Reports on military cantonments and civil stations in the Presidency of Bombay inspected by the Sanitary Commissioner in the years 1875 and 1876
Year: 1875
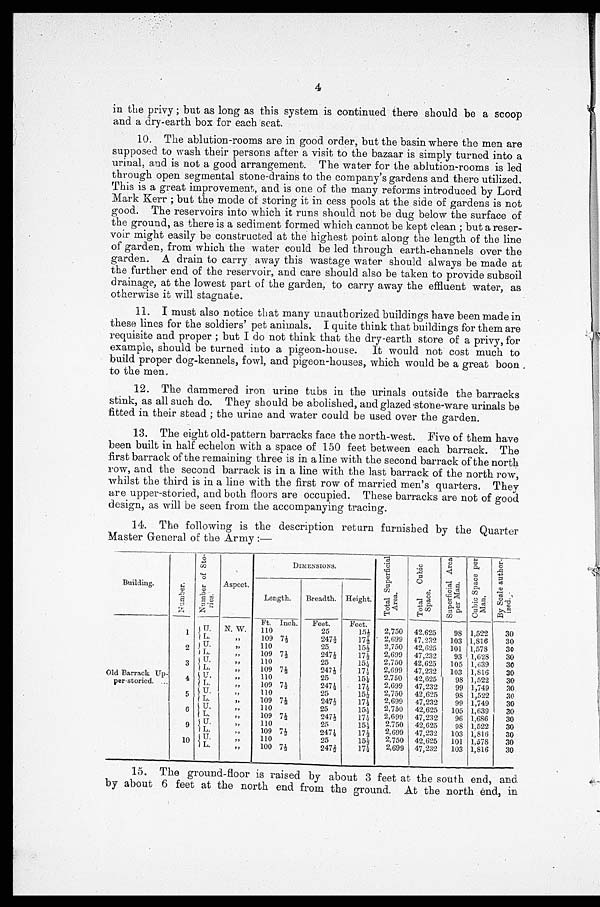
4
in the privy; but as long as this system is continued there should be a scoop
and a dry-earth box for each seat.
10. The ablution-rooms are in good order, but the basin where the men are
supposed to wash their persons after a visit to the bazaar is simply turned into a
urinal, and is not a good arrangement. The water for the ablution-rooms is led
through open segmental stone-drains to the company's gardens and there utilized.
This is a great improvement, and is one of the many reforms introduced by Lord
Mark Kerr; but the mode of storing it in cess pools at the side of gardens is not
good. The reservoirs into which it runs should not be dug below the surface of
the ground, as there is a sediment formed which cannot be kept clean; but a reser-
-voir might easily be constructed at the highest point along the length of the line
of garden, from which the water could be led through earth-channels over the
garden. A drain to carry away this wastage water should always be made at
the further end of the reservoir, and care should also be taken to provide subsoil
drainage, at the lowest part of the garden, to carry away the effluent water, as
otherwise it will stagnate.
11. I must also notice that many unauthorized buildings have been made in
these lines for the soldiers' pet animals. I quite think that buildings for them are
requisite and proper; but I do not think that the dry-earth store of a privy, for
example, should be turned into a pigeon-house. It would not cost much to
build proper dog-kennels, fowl, and pigeon-houses, which would be a great boon
to the men.
12. The dammered iron urine tubs in the urinals outside the barracks
stink, as all such do. They should be abolished, and glazed stone-ware urinals be
fitted in their stead; the urine and water could be used over the garden.
13. The eight old-pattern barracks face the north-west. Five of them have
been built in half echelon with a space of 150 feet between each barrack. The
first barrack of the remaining three is in a line with the second barrack of the north
row, and the second barrack is in a line with the last barrack of the north row,
whilst the third is in a line with the first row of married men's quarters. They
are upper-storied, and both floors are occupied. These barracks are not of good
design, as will be seen from the accompanying tracing.
14. The following is the description return furnished by the Quarter
Master General of the Army:—
Building.
N u m b e r .
Number
of St o-
ries.
Aspect.
DIMENSIONS.
T o t a l
S u p e r f i c i a l A r e a .
T o t a l
Cubicd Space.
S u p e r f i c a l A r e a p e r M a n .
C u b i c S p a c e p e r M a n .
By
S c a l e a u t h o r - i z e d .
Length.
Breadth. Height.
Old Barrack Up-
per storied.
____
Ft. Inch.
Feet.
Feet.
1 U
.W.
11.0
25
15½
2,750
42,625
98 1,522
30
L.
. .109
71½
247½
17½ . 2,699
47,232
103 1,816
30
2
U.
, , , ,110
25.
15½
2,750
42,625
101 1,578
30
i L
, ,
109 7½
247½
17½
2,699
47,232
93 1,628
30
3
U.
,, 110
25
15½
2,750
42,625
105 1,639
30
L.
, , „
109 7½
247½
17½,
2,699
47,232
103 1,816
30
4
U.
, ,
110
25
15½
2,750
42,625
98 1,522
30
L.
,, 109 7½
247½
17½
2,699
47,232
99 1,749
30
5
U.
, ,
110
25
15½
2,750
42,625
98 1,522
30
L.
109 7 ½
247½
17½
2,699
47,232
9 9 1,749
30
6
U
, ,
110
25
15½
2,750
42,625
105 1,639
30
L .
, ,
109 7½
247½
17½
2,699
47,232
96 1,686
30
9
U.
, ,
110
25
15½_
2.750
42,625
98 1,522
30
L.
, ,109 7½
247½
17½
2,699
47,232
103 1,816
30
10 U.
, , „
110
25
15½
2,750
42,625
101 1,578
30
L
II
100½
247½
17½
2,699
47,232
103 1,816
30
15. The ground-floor is raised by about 3 feet at the south end, and
by about 6 feet at the north end from the ground. At the north end, in